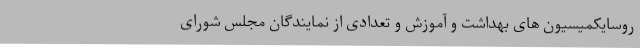
روسایکمیسیون های بهداشت و آموزش و تعدادی از نمایندگان مجلس شورای